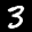
Label: 3